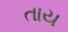
તાય